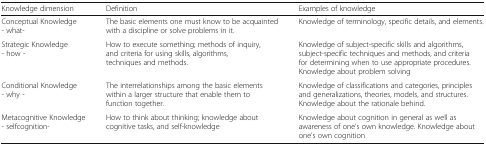
<table><thead><tr><td><b>Knowledge dimension</b></td><td><b>Definition</b></td><td><b>Examples of knowledge</b></td></tr></thead><tbody><tr><td>Conceptual Knowledge- what-</td><td>The basic elements one must know to be acquainted with a discipline or solve problems in it.</td><td>Knowledge of terminology, specific details, and elements.</td></tr><tr><td>Strategic Knowledge- how -</td><td>How to execute something; methods of inquiry, and criteria for using skills, algorithms, techniques and methods.</td><td>Knowledge of subject-specific skills and algorithms, subject-specific techniques and methods, and criteria for determining when to use appropriate procedures. Knowledge about problem solving</td></tr><tr><td>Conditional Knowledge- why -</td><td>The interrelationships among the basic elements within a larger structure that enable them to function together.</td><td>Knowledge of classifications and categories, principles and generalizations, theories, models, and structures. Knowledge about the rationale behind.</td></tr><tr><td>Metacognitive Knowledge- selfcognition-</td><td>How to think about thinking; knowledge about cognitive tasks, and self-knowledge</td><td>Knowledge about cognition in general as well as awareness of one’s own knowledge. Knowledge about one’s own cognition</td></tr></tbody></table>